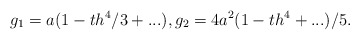
\begin{align*}g_{1}=a(1-th^{4}/3+...), g_{2}=4a^{2}(1-th^4+...)/5.\end{align*}